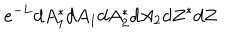
LaTeX: e ^ { - L } d A _ { 1 } ^ { * } d A _ { 1 } d A _ { 2 } ^ { * } d A _ { 2 } d Z ^ { * } d Z